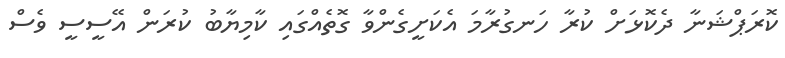
ކޮރަޕްޝަނާ ދެކޮޅަށް ކުރާ ހަނގުރާމަ އެކަށީގެންވާ ގޮތެއްގައި ކާމިޔާބު ކުރަން އޭސީސީ ވެސް